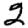
Digit: 2